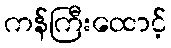
ကန်ကြီးထောင့်